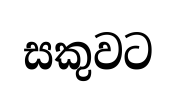
සකුවට